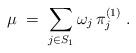
LaTeX: \begin{align*}\mu \;=\; \sum_{j\in S_1} \omega_j\, \pi^{(1)}_j\;.\end{align*}